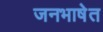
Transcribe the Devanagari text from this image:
जनभाषेत